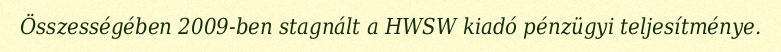
Összességében 2009-ben stagnált a HWSW kiadó pénzügyi teljesítménye.